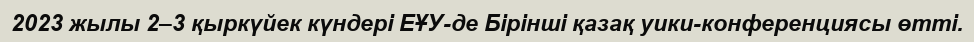
2023 жылы 2–3 қыркүйек күндері ЕҰУ-де Бірінші қазақ уики-конференциясы өтті.